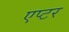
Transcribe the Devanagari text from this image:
एप्टर